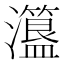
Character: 𤃾